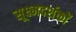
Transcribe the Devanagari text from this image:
सूक्ष्मदर्शकों